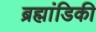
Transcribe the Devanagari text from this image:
ब्रह्मांडिकी